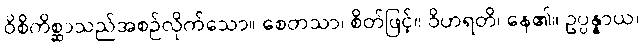
ဝိစိကိစ္ဆာသည်အစဉ်လိုက်သော။ စေတသာ၊ စိတ်ဖြင့်။ ဝိဟရတိ၊ နေ၏။ ဥပ္ပန္နာယ၊